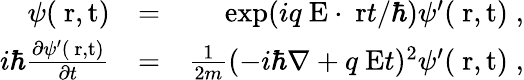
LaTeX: \begin{array}{rlr}{\psi(\mathrm{{\mathbf~r},t})}&{=}&{\exp(iq\mathrm{\mathbf~E}\cdot\mathrm{\mathbf~r}t/\hbar)\psi^{\prime}(\mathrm{{\mathbf~r},t})\; ,}\\ {i\hbar\frac{\partial\psi^{\prime}(\mathrm{{\mathbf~r},t})}{\partial t}}&{=}&{\frac{1}{2m}(-i\hbar\nabla+q\mathrm{\mathbf~E}t)^{2}\psi^{\prime}(\mathrm{{\mathbf~r},t})\; ,}\end{array}